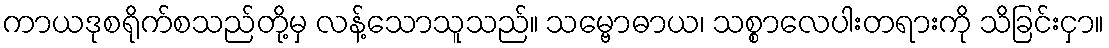
ကာယဒုစရိုက်စသည်တို့မှ လန့်သောသူသည်။ သမ္ဗောဓာယ၊ သစ္စာလေပါးတရားကို သိခြင်းငှာ။